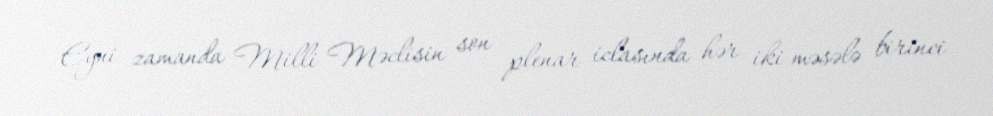
Eyni zamanda Milli Məclisin son plenar iclasında hər iki məsələ birinci